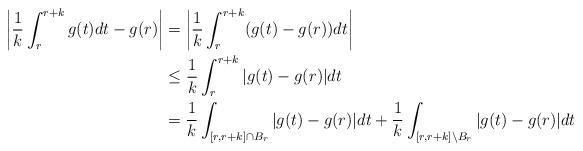
LaTeX: \begin{align*} \bigg |\frac{1}{k}\int_{r}^{r+k}g(t)dt-g(r)\bigg | & = \bigg |\frac{1}{k}\int_{r}^{r+k}(g(t)-g(r))dt \bigg |\\ & \leq \frac{1}{k}\int_{r}^{r+k}|g(t)-g(r)|dt\\ & = \frac{1}{k}\int_{[r,r+k]\cap B_r}|g(t)-g(r)|dt+\frac{1}{k}\int_{[r,r+k]\setminus B_r}|g(t)-g(r)|dt\end{align*}